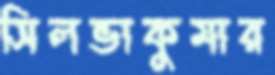
সিলভাকুমার